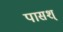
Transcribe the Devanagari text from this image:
पासश्